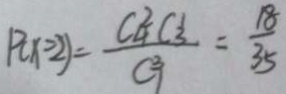
P ( x = 2 ) = \frac { C _ { 4 } ^ { 2 } C _ { 3 } ^ { 1 } } { C _ { 1 } ^ { 3 } } = \frac { 1 8 } { 3 5 }